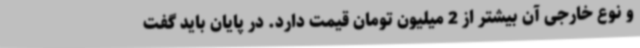
و نوع خارجی آن بیشتر از 2 میلیون تومان قیمت دارد. در پایان باید گفت